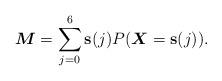
LaTeX: \begin{align*}\boldsymbol{M}=\sum_{j=0}^6\mathbf{s}(j)P(\boldsymbol{X}=\mathbf{s}(j)).\end{align*}